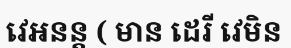
វេអនន្ត ( មាន ដេរី វេមិន